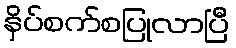
နှိပ်စက်စပြုလာပြီ